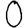
Digit: 0